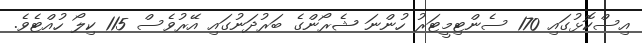
އިސްކޮޅުގައި 170 ސެންޓިމީޓަރު ހުންނަ ޝެރޯންގެ ބަރުދަނުގައި އޭރުވެސް 115 ކިލޯ ހުއްޓެވެ.